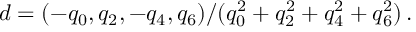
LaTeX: d = ( - q _ { 0 } , q _ { 2 } , - q _ { 4 } , q _ { 6 } ) / ( q _ { 0 } ^ { 2 } + q _ { 2 } ^ { 2 } + q _ { 4 } ^ { 2 } + q _ { 6 } ^ { 2 } ) \, .